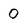
Character: 0